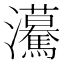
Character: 𤅠